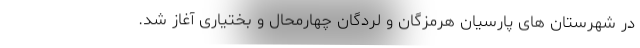
در شهرستان های پارسیان هرمزگان و لردگان چهارمحال و بختیاری آغاز شد.